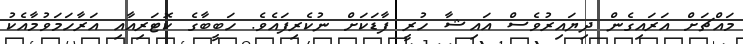
މައްޗަށް އަރައިގެން ދިޔައިރުވެސް އައިޝާ ހުރީ ފާޑަކަށް ނުކެރިފައެވެ. ހަބީބާގެ ކޮޓަރިއާއި އަރާހަމަވުމާއެކު